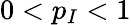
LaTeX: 0<p_{I}<1